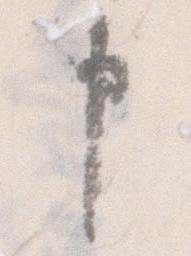
申